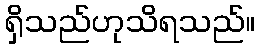
ရှိသည်ဟုသိရသည်။